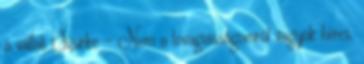
a vállát Szürke – Nem a lovagiasságomról vagyok híres.